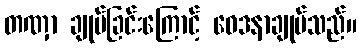
တဏှာ ချုပ်ခြင်းကြောင့် ဝေဒနာချုပ်သည်။